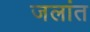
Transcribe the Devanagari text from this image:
जलांत